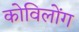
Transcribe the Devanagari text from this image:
कोविलोंग